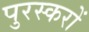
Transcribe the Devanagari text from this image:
पुरस्करों